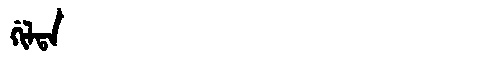
Manchu: ᡤᡳᠯᡨᠠ
Romanization: GILTA